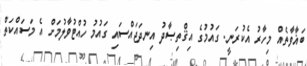
ބަޣާވާތެއް މިހާރު އެކުރަނީ. ގައުމުގެ އިޤްތިޞާދު އިނދަޖައްސައި ގައުމު ހުއްޓުވާލުމަށް އެ މަސައްކަތް